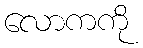
လောကကို